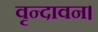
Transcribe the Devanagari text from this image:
वृन्दावन।